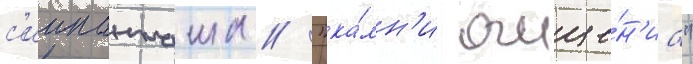
с'иипанташа // "ка́мн'и очище́н'иа"